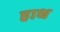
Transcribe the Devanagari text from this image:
हाध